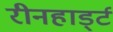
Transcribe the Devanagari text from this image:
रीनहार्ड्ट